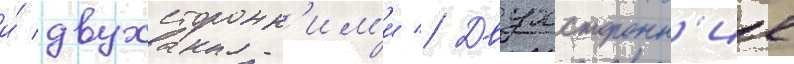
и́ двухсторонн'им'и // Двухсторонн'ие